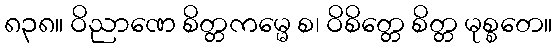
၈၃၈။ ဝိညာဏေ စိတ္တကမ္မေ စ၊ ဝိစိတ္တေ စိတ္တ မုစ္စတေ။